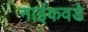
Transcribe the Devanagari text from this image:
नाईकवडे